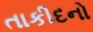
તાકીદનો